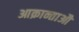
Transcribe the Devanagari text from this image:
आक्रान्ताऔ